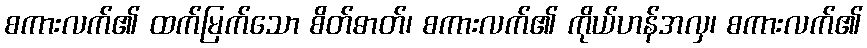
စကားလက်၏ ထက်မြက်သော စိတ်ဓာတ်၊ စကားလက်၏ ကိုယ်ဟန်အလှ၊ စကားလက်၏